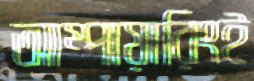
আম্পায়ারিংই